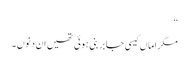
‘‘
مگر اماں کیسی جابر بنی ہوئی تھیں ان دِنوں۔